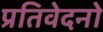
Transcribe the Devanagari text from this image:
प्रतिवेदनो